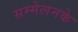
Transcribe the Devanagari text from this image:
सम्मेलनके